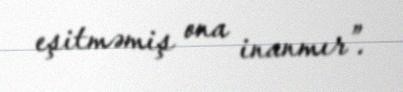
eşitməmiş ona inanmır”.